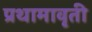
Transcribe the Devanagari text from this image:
प्रथामावृती